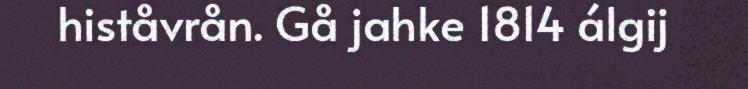
histåvrån. Gå jahke 1814 álgij